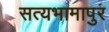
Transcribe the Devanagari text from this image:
सत्यभामापुर